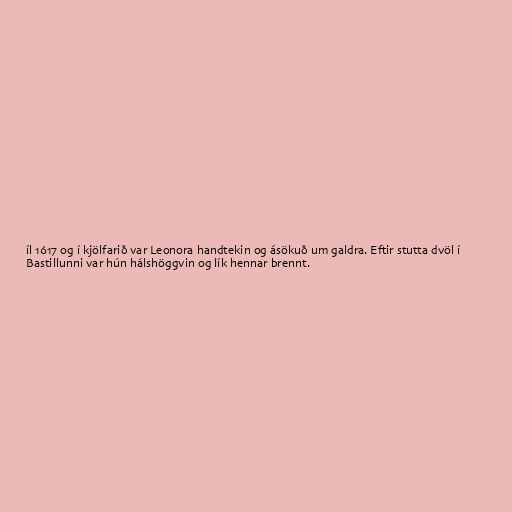
íl 1617 og í kjölfarið var Leonora handtekin og ásökuð um galdra. Eftir stutta dvöl í
Bastillunni var hún hálshöggvin og lík hennar brennt.